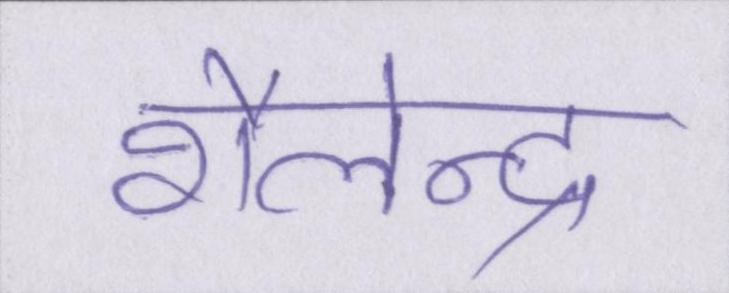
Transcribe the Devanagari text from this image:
शैलेन्द्र